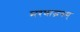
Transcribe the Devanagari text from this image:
मरणाद्भयम्